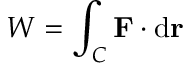
W = \int _ { C } \mathbf { F } \cdot \mathrm { d } \mathbf { r }